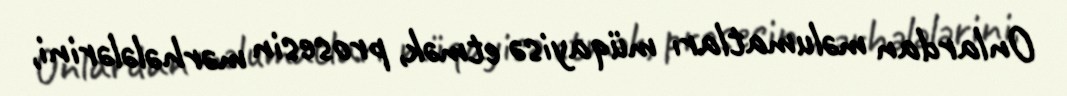
Onlardan məlumatları müqayisə etmək, prosesin mərhələlərini,